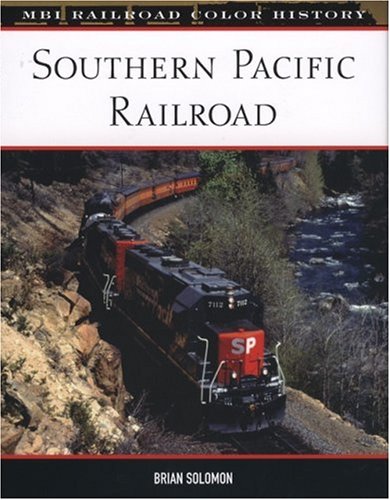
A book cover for Southern Pacific Railroad (MBI Railroad Color History); Brian Solomon; Arts & Photography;